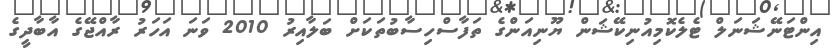
އިންޓަނޭޝަނަލް ޓެލެކޮމިއުނިކޭޝަން ޔޫނިއަންގެ ތަފާސްހިސާބުތަކަށް ބަލާއިރު 2010 ވަނަ އަހަރު ރާއްޖޭގެ އާބާދީގެ